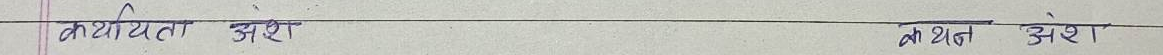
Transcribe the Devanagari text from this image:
कर्यायता अंश
कथित अंश